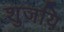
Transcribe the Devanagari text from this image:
शुजयि